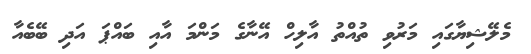
މެލޭޝިޔާގައި މަރުވި ތުއްތު އާލިހް އޭނާގެ މަންމަ އާއި ބައްޕަ އަދި ބޭބެއާ